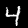
Digit: 4